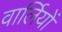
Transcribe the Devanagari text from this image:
वार्लियों